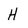
Character: H